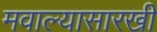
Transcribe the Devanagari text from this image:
मवाल्यासारखी